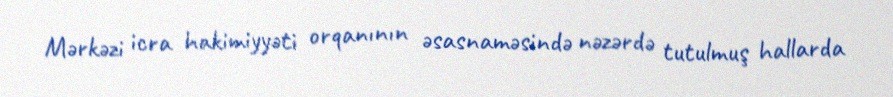
Mərkəzi icra hakimiyyəti orqanının əsasnaməsində nəzərdə tutulmuş hallarda